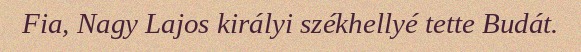
Fia, Nagy Lajos királyi székhellyé tette Budát.